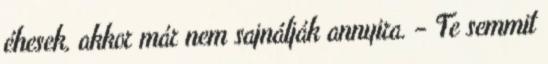
éhesek, akkor már nem sajnálják annyira. – Te semmit